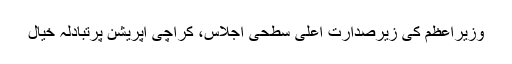
وزیراعظم کی زیرصدارت اعلیٰ سطحی اجلاس، کراچی آپریشن پرتبادلہ خیال